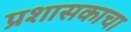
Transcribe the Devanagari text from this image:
प्रशासकाचा